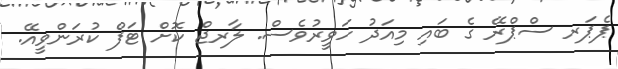
ޕެޕަރ ސްޕްރޭ ގެ ބައި މިއަދު ހަވީރުވެސް. ލާރޖް ކޮށް ޓަފް ކުރަންވީއޭ.